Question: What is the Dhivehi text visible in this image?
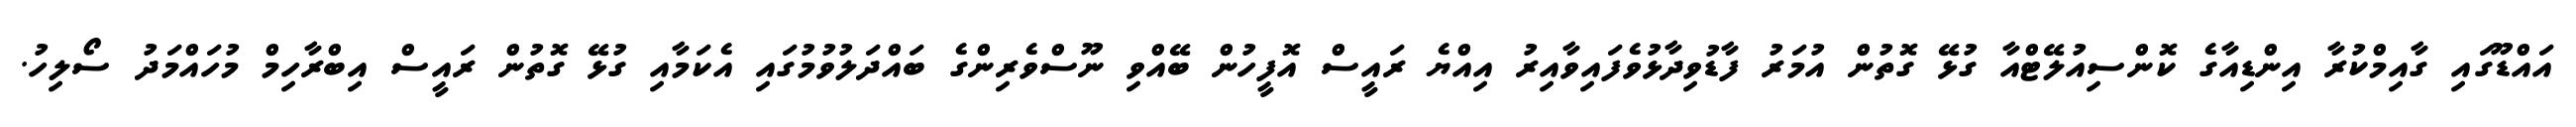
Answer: އައްޑޫގައި ގާއިމްކުރާ އިންޑިއާގެ ކޮންސިއުލޭޓްއާ ގުޅޭ ގޮތުން އުމަރު ފާޑުވިދާޅުވެފައިވާއިރު އިއްޔެ ރައީސް އޮފީހުން ބޭއްވި ނޫސްވެރިންގެ ބައްދަލުވުމުގައި އެކަމާއި ގުޅޭ ގޮތުން ރައީސް އިބްރާހިމް މުހައްމަދު ސޯލިހު.